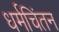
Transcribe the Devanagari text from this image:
धर्मचिंतन